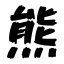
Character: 熊